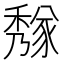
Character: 𥢁